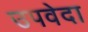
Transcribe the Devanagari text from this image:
उपवेदा